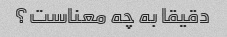
دقیقا به چه معناست؟